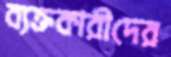
ব্যক্তকারীদের